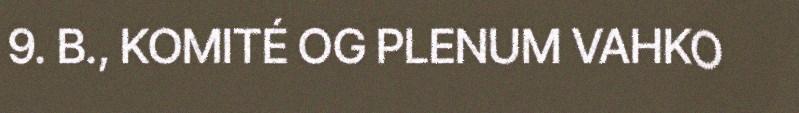
9. B., KOMITÉ OG PLENUM VAHKO